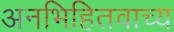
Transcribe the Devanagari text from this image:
अनभिहितवाच्य